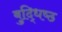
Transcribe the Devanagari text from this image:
बुद्धिष्‍ठ